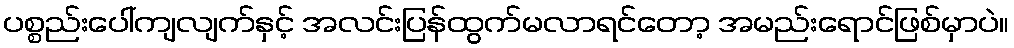
ပစ္စည်းပေါ်ကျလျက်နှင့် အလင်းပြန်ထွက်မလာရင်တော့ အမည်းရောင်ဖြစ်မှာပဲ။